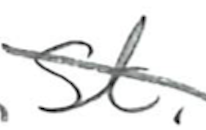
Text: St.
Cross-out: diagonal
Writing tool: pencil